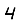
Digit: 4